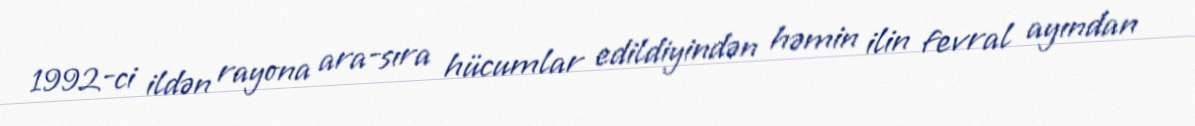
1992-ci ildən rayona ara-sıra hücumlar edildiyindən həmin ilin fevral ayından